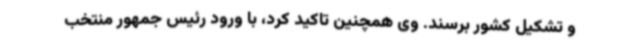
و تشکیل کشور برسند. وی همچنین تاکید کرد، با ورود رئیس جمهور منتخب